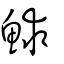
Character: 鯄